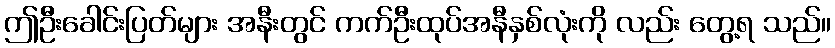
ဤဦးခေါင်းပြတ်များ အနီးတွင် ကက်ဦးထုပ်အနီနှစ်လုံးကို လည်း တွေ့ရ သည်။